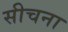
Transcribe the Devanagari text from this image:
सीचना